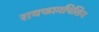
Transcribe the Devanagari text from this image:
रायफामपिसिन